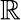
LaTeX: {\cal\mathbb{R}}